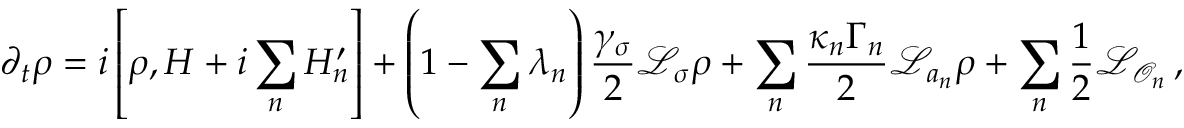
\partial _ { t } \rho = i \left[ \rho , H + i \sum _ { n } H _ { n } ^ { \prime } \right] + \left( 1 - \sum _ { n } \lambda _ { n } \right) \frac { \gamma _ { \sigma } } { 2 } \mathcal { L } _ { \sigma } \rho + \sum _ { n } \frac { \kappa _ { n } \Gamma _ { n } } { 2 } \mathcal { L } _ { a _ { n } } \rho + \sum _ { n } \frac { 1 } { 2 } \mathcal { L } _ { \mathcal { O } _ { n } } \, ,